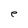
Character: e